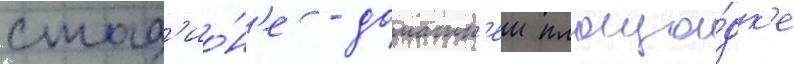
стад'ио́н'е - домашн'еи площа́дк'е